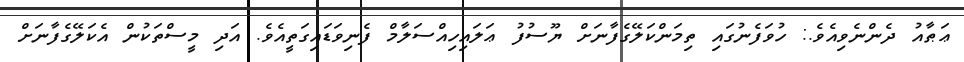
ޢަޠާއު ދެންނެވިއެވެ.: ހުވަފެނުގައި ތިމަންކަލޭގެފާނަށް ޔޫސުފު ޢަލައިހިއްސަލާމް ފެނިވަޑައިގަތީއެވެ. އަދި މީސްތަކުން އެކަލޭގެފާނަށް